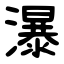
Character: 瀑